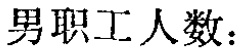
男职工人数：